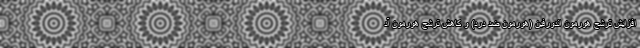
افزایش ترشح هورمون اندورفین (هورمون ضد درد) و کاهش ترشح هورمون آد